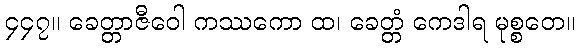
၄၄၇။ ခေတ္တာဇီဝေါ ကဿကော ထ၊ ခေတ္တံ ကေဒါရ မုစ္စတေ။